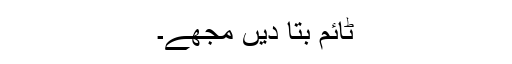
ٹائم بتا دیں مجھے۔